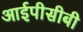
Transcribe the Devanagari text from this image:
आईपीसीबी